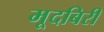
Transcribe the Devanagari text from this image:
मूदबिरी